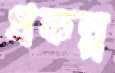
প্রকল্প